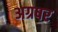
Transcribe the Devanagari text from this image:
अग्रषर